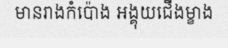
មានរាងកំប៉ោង អង្គុយជើងម្ខាង